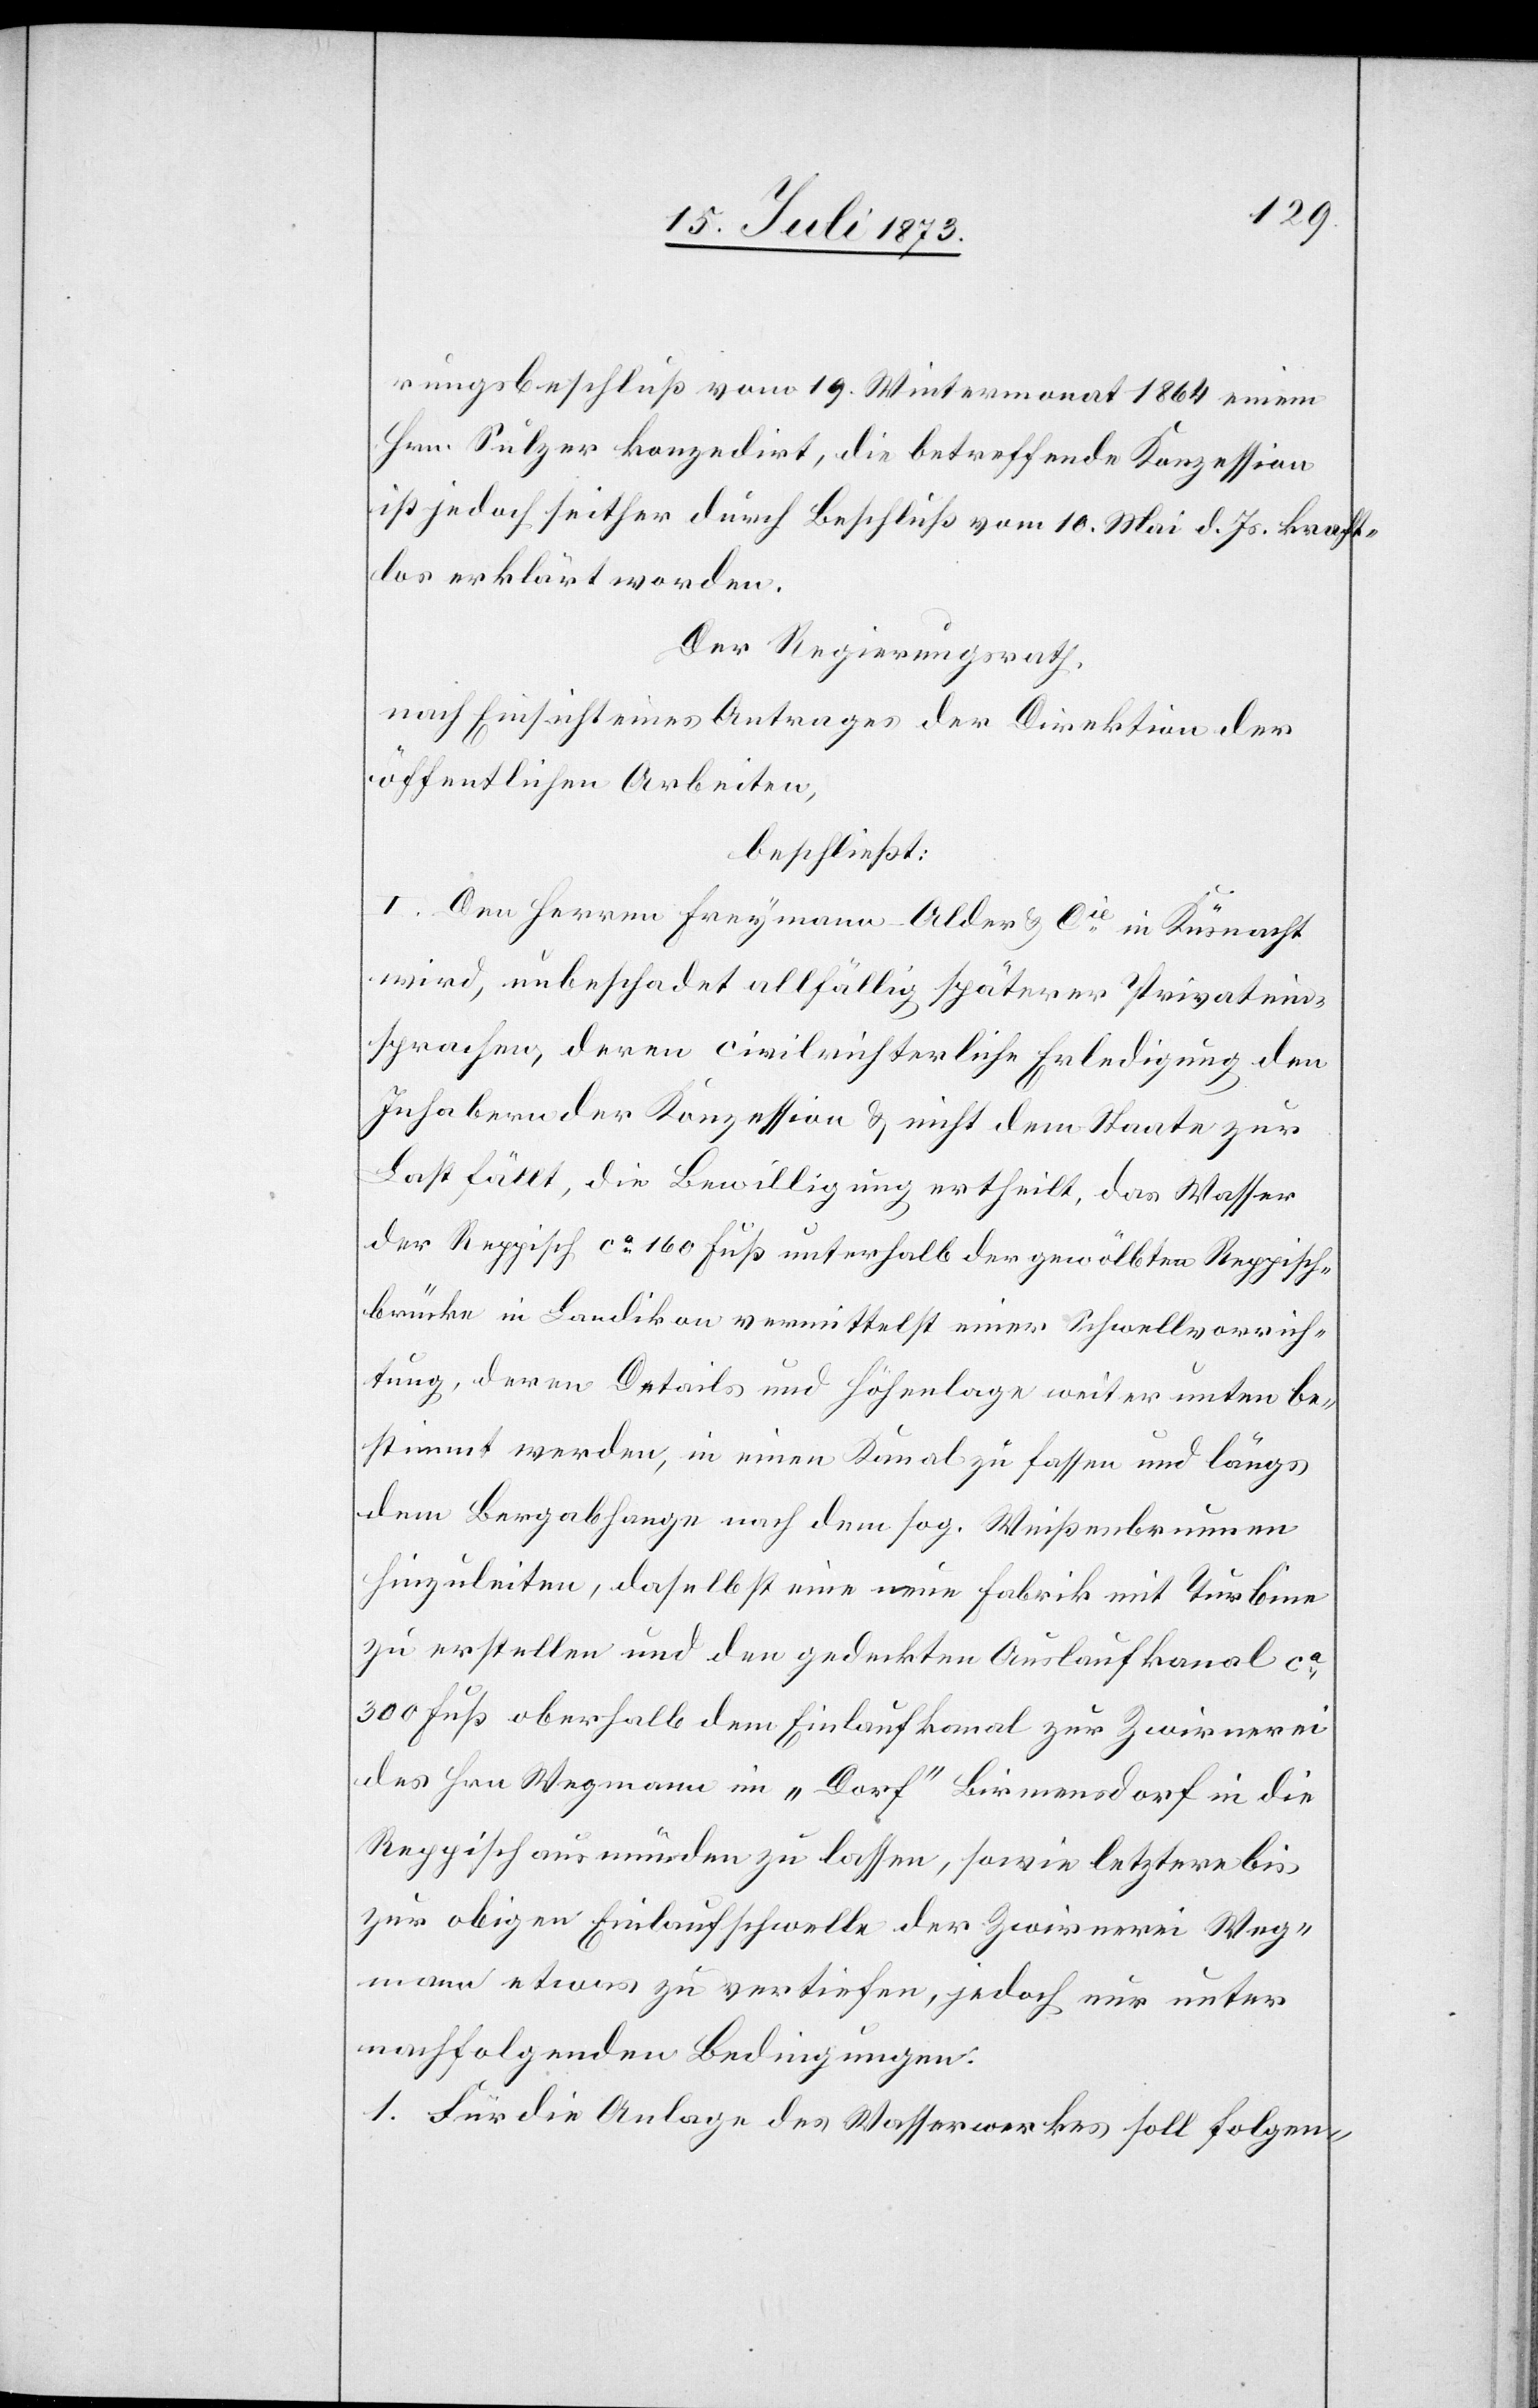
rungsbeschluß vom 19. Wintermonat 1864 einem
Hrn. Sulzer konzedirt, die betreffende Konzession
ist jedoch seither durch Beschluß vom 10. Mai d. Js. kraft¬
los erklärt worden.
Der Regierungsrath,
nach Einsicht eines Antrages der Direktion der
öffentlichen Arbeiten,
beschließt:
I. Den Herren Freymann-Alder & Cie in Küsnacht
wird, unbeschadet allfällig späterer Privatein¬
sprachen, deren civilrichterliche Erledigung den
Inhabern der Konzession & nicht dem Staate zur
Last fällt, die Bewilligung ertheilt, das Wasser
der Reppisch ca 160 Fuß unterhalb der gewölbten Reppisch¬
brücke in Landikon vermittelst einer Schwellvorrich¬
tung, deren Details und Höhenlage weiter unten be¬
stimmt werden, in einen Kanal zu fassen und längs
dem Bergabhange nach dem sog. Weißenbrunnen
hinzuleiten, daselbst eine neue Fabrik mit Turbine
zu erstellen und den gedeckten Auslaufkanal ca
300 Fuß oberhalb dem Einlaufkanal zur Zwirnerei
des Hrn. Wegmann im „Dorf“ Birmensdorf in die
Reppisch ausmünden zu lassen, sowie letztere bis
zur obigen Einlaufschwelle der Zwirnerei Weg¬
mann etwas zu vertiefen, jedoch nur unter
nachfolgenden Bedingungen:
1. Für die Anlage des Wasserwerkes soll folgen-